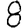
Digit: 8